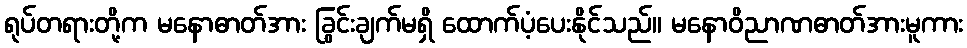
ရုပ်တရားတို့က မနောဓာတ်အား ခြွင်းချက်မရှိ ထောက်ပံ့ပေးနိုင်သည်။ မနောဝိညာဏဓာတ်အားမူကား